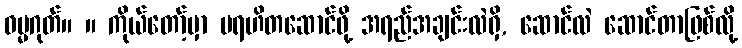
ဓမ္မဂုတ်။ ။ ကိုယ်တော့်မှာ ပရဟိတဆောင်ဖို့ အရည်အချင်းလဲရှိ, ဆောင်လဲ ဆောင်တာဖြစ်လို့